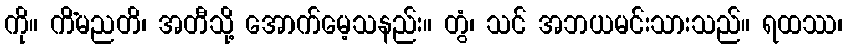
ကို။ ကိံမညတိ၊ အတီသို့ အောက်မေ့သနည်း။ တွံ၊ သင် အဘယမင်းသားသည်။ ရထဿ၊